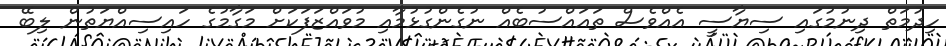
ހިދުމަތް ދިނުމުގައި ސިޔާސީ އެއްވެސް ތައައްސުބެއް ނުގެންގުޅުމާއި މުވައްޒަފަކަށް މަގާމުގެ ހައިސިއްޔަތުން ލިބޭ